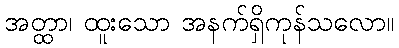
အတ္ထာ၊ ထူးသော အနက်ရှိကုန်သလော။